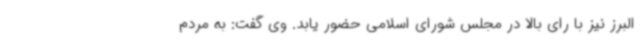
البرز نیز با رای بالا در مجلس شورای اسلامی حضور یابد. وی گفت: به مردم